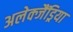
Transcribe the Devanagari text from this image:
अलेक्जैंड्रिया